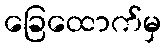
ခြေထောက်မှ